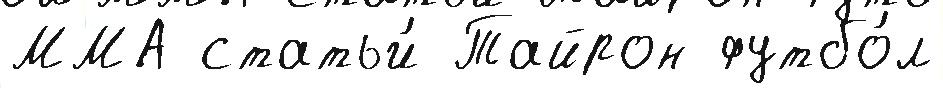
ММА статьи́ Тайрон футбо́л